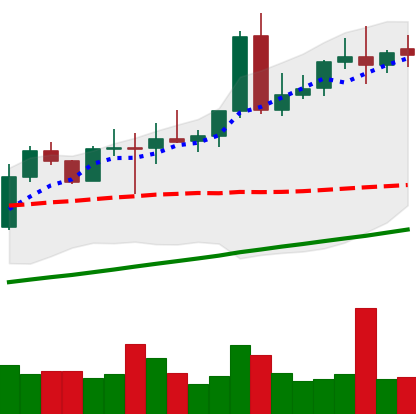
Ticker: NEO-USD
Chart end date: 2020-08-09
Forward return: 13.947%
Label: up_7plus